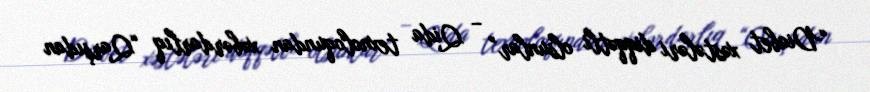
“Diabet xəstələri diqqətli olsunlar” – Qida texnoloqundan xəbərdarlıq “Qarşıdan